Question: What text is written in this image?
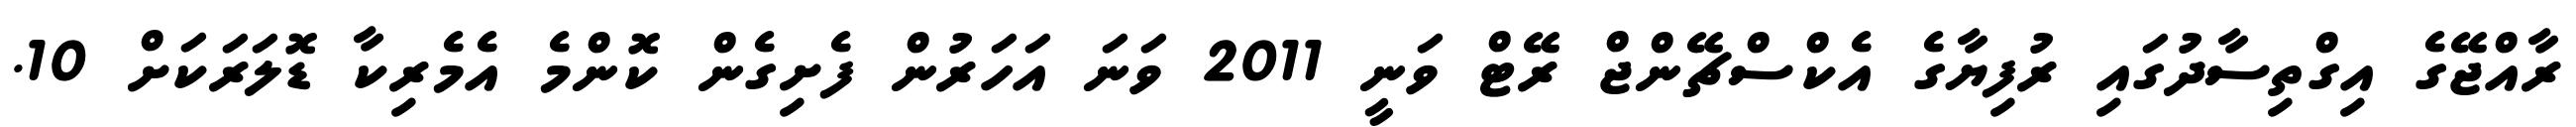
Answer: ރާއްޖޭގެ އިގްތިސާދުގައި ރުފިޔާގެ އެކްސްޗޭންޖް ރޭޓް ވަނީ 2011 ވަނަ އަހަރުން ފެށިގެން ކޮންމެ އެމެރިކާ ޑޮލަރަކަށް 10.